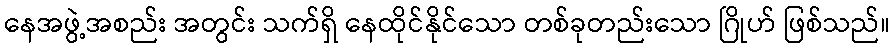
နေအဖွဲ့အစည်း အတွင်း သက်ရှိ နေထိုင်နိုင်သော တစ်ခုတည်းသော ဂြိုဟ် ဖြစ်သည်။